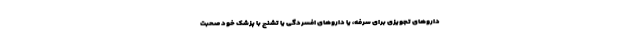
داروهای تجویزی برای سرفه، یا داروهای افسردگی یا تشنج با پزشک خود صحبت